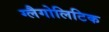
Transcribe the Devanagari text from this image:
ग्लैगोलिटिक